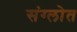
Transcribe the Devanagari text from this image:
संग्लोत